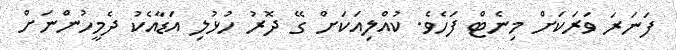
ފަނަރަ ވަރަކަށް މިނެޓް ފަހެވެ. ކުއްލިއަކަށް ގޭ ދޮރު ހުޅުލި އަޑާއެކު ދެމީހުންނަށް